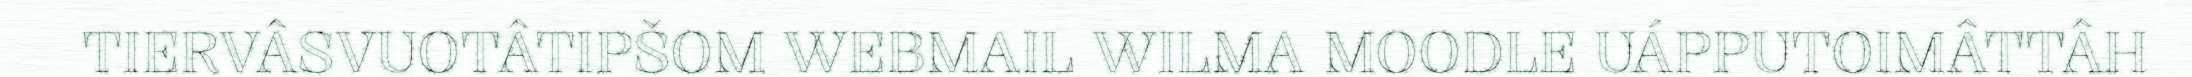
TIERVÂSVUOTÂTIPŠOM WEBMAIL WILMA MOODLE UÁPPUTOIMÂTTÂH